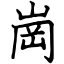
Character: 崗